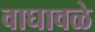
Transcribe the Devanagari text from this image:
वाघावळे